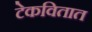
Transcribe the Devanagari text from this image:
टेकवितात